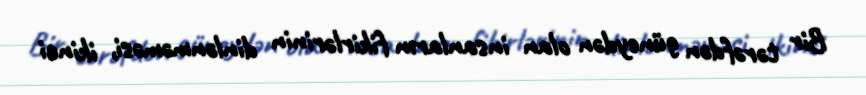
Bir tərəfdən güneydən olan insanların fikirlərinin dinlənməməsi, ikinci